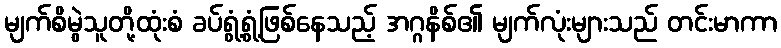
မျက်စိမွဲသူတို့ထုံးစံ ခပ်ရွံ့ရွံ့ဖြစ်နေသည့် အဂ္ဂနိစ်၏ မျက်လုံးများသည် တင်းမာကာ